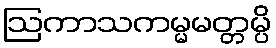
ဩကာသကမ္မမတ္တမ္ပိ